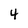
Character: 4